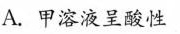
A.甲溶液呈酸性